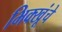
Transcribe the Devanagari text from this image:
भिक्खूंचे